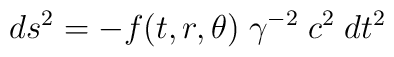
ds^2 = - f(t, r, \theta)\; \gamma^{-2}\; c^2\; dt^2